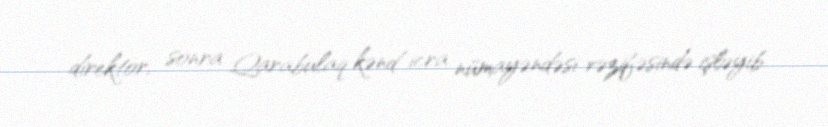
direktor, sonra Qarabulaq kənd icra nümayəndəsi vəzifəsində işləyib.